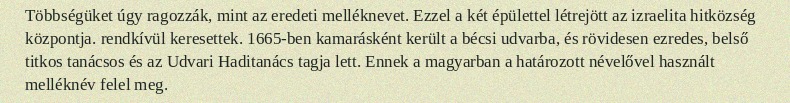
Többségüket úgy ragozzák, mint az eredeti melléknevet. Ezzel a két épülettel létrejött az izraelita hitközség központja. rendkívül keresettek. 1665-ben kamarásként került a bécsi udvarba, és rövidesen ezredes, belső titkos tanácsos és az Udvari Haditanács tagja lett. Ennek a magyarban a határozott névelővel használt melléknév felel meg.